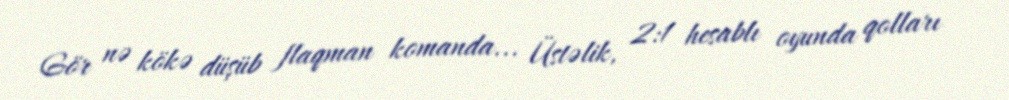
Gör nə kökə düşüb flaqman komanda... Üstəlik, 2:1 hesablı oyunda qolları